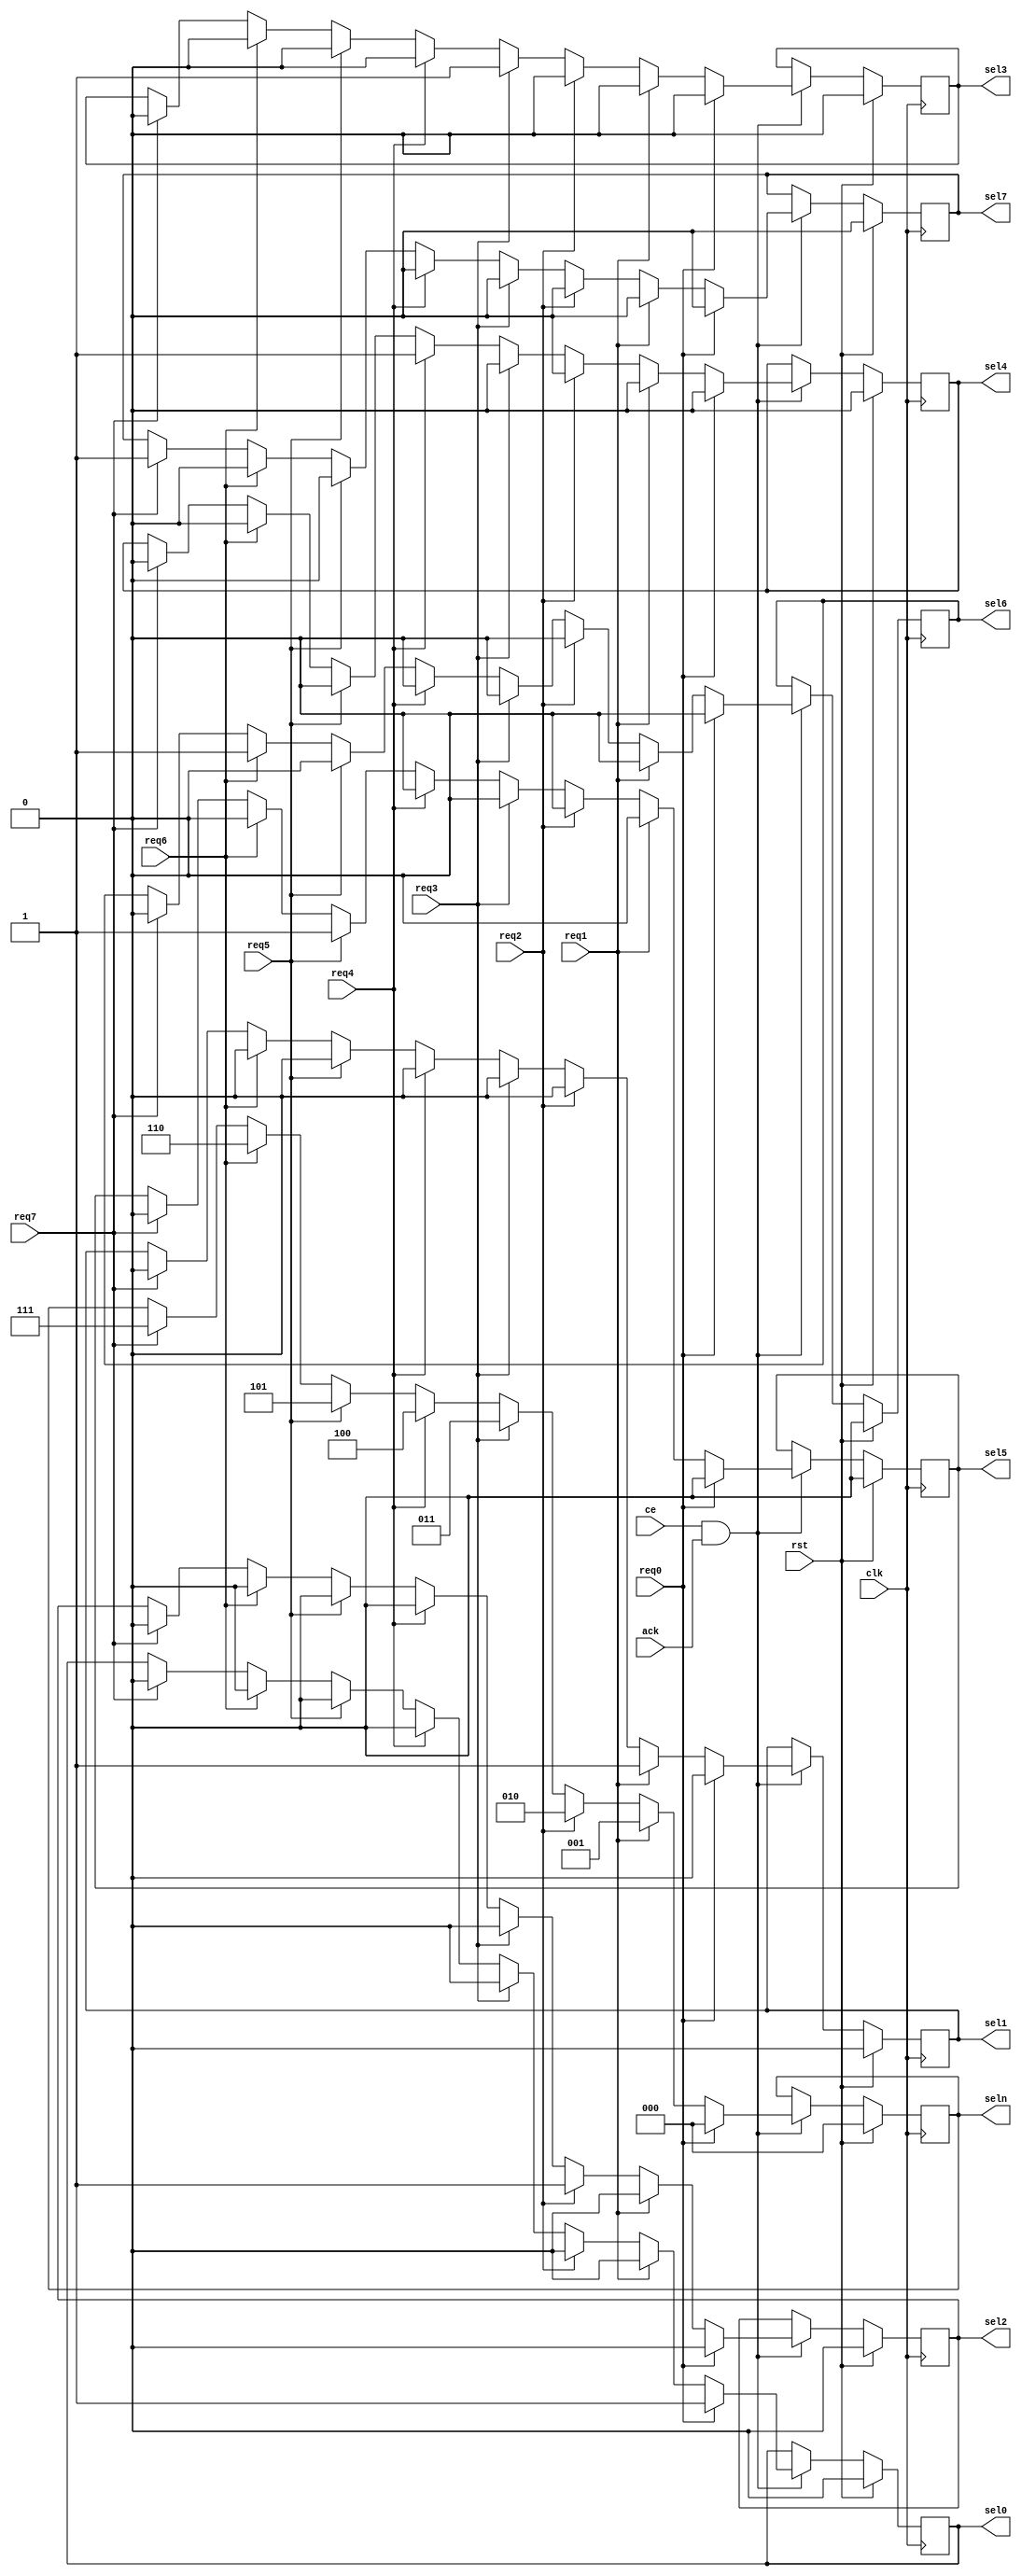
`timescale 1ns / 1ps
//=============================================================================
//	(C) 2007,2012  Robert Finch
//  robfinch<remove>@opencores.org
//	All rights reserved.
//
//	PSGBusArb.v
//
// This source file is free software: you can redistribute it and/or modify 
// it under the terms of the GNU Lesser General Public License as published 
// by the Free Software Foundation, either version 3 of the License, or     
// (at your option) any later version.                                      
//                                                                          
// This source file is distributed in the hope that it will be useful,      
// but WITHOUT ANY WARRANTY; without even the implied warranty of           
// MERCHANTABILITY or FITNESS FOR A PARTICULAR PURPOSE.  See the            
// GNU General Public License for more details.                             
//                                                                          
// You should have received a copy of the GNU General Public License        
// along with this program.  If not, see <http://www.gnu.org/licenses/>.    
//
//		Arbitrates access to the system bus among up to eight
//	wave table channels for the PSG. This arbitrator is part
//	of a tree that ends up looking like a single arbitration
//	request to the system.
//
//	Spartan3
//	19 LUTs / 11 slices
//=============================================================================

module PSGBusArb(rst, clk, ce, ack,
	req0, req1, req2, req3, req4, req5, req6, req7,
	sel0, sel1, sel2, sel3, sel4, sel5, sel6, sel7, seln);
input rst;		// reset
input clk;		// clock (eg 100MHz)
input ce;		// clock enable (eg 25MHz)
input ack;		// bus transfer completed
input req0;		// requester 0 wants the bus
input req1;		// requester 1 wants the bus
input req2;		// ...
input req3;
input req4;
input req5;
input req6;
input req7;
output sel0;	// requester 0 granted the bus
reg sel0;
output sel1;
reg sel1;
output sel2;
reg sel2;
output sel3;
reg sel3;
output sel4;
reg sel4;
output sel5;
reg sel5;
output sel6;
reg sel6;
output sel7;
reg sel7;
output [2:0] seln;	// who has the bus
reg [2:0] seln;

always @(posedge clk) begin
	if (rst) begin
		sel0 <= 1'b0;
		sel1 <= 1'b0;
		sel2 <= 1'b0;
		sel3 <= 1'b0;
		sel4 <= 1'b0;
		sel5 <= 1'b0;
		sel6 <= 1'b0;
		sel7 <= 1'b0;
		seln <= 3'd0;
	end
	else begin
		if (ce&ack) begin
			if (req0) begin
				sel0 <= 1'b1;
				sel1 <= 1'b0;
				sel2 <= 1'b0;
				sel3 <= 1'b0;
				sel4 <= 1'b0;
				sel5 <= 1'b0;
				sel6 <= 1'b0;
				sel7 <= 1'b0;
				seln <= 3'd0;
			end
			else if (req1) begin
				sel1 <= 1'b1;
				sel0 <= 1'b0;
				sel2 <= 1'b0;
				sel3 <= 1'b0;
				sel4 <= 1'b0;
				sel5 <= 1'b0;
				sel6 <= 1'b0;
				sel7 <= 1'b0;
				seln <= 3'd1;
			end
			else if (req2) begin
				sel2 <= 1'b1;
				sel0 <= 1'b0;
				sel1 <= 1'b0;
				sel3 <= 1'b0;
				sel4 <= 1'b0;
				sel5 <= 1'b0;
				sel6 <= 1'b0;
				sel7 <= 1'b0;
				seln <= 3'd2;
			end
			else if (req3) begin
				sel3 <= 1'b1;
				sel0 <= 1'b0;
				sel1 <= 1'b0;
				sel2 <= 1'b0;
				sel4 <= 1'b0;
				sel5 <= 1'b0;
				sel6 <= 1'b0;
				sel7 <= 1'b0;
				seln <= 3'd3;
			end
			else if (req4) begin
				sel4 <= 1'b1;
				sel0 <= 1'b0;
				sel1 <= 1'b0;
				sel2 <= 1'b0;
				sel3 <= 1'b0;
				sel5 <= 1'b0;
				sel6 <= 1'b0;
				sel7 <= 1'b0;
				seln <= 3'd4;
			end
			else if (req5) begin
				sel5 <= 1'b1;
				sel0 <= 1'b0;
				sel1 <= 1'b0;
				sel2 <= 1'b0;
				sel3 <= 1'b0;
				sel4 <= 1'b0;
				sel6 <= 1'b0;
				sel7 <= 1'b0;
				seln <= 3'd5;
			end
			else if (req6) begin
				sel6 <= 1'b1;
				sel0 <= 1'b0;
				sel1 <= 1'b0;
				sel2 <= 1'b0;
				sel3 <= 1'b0;
				sel4 <= 1'b0;
				sel5 <= 1'b0;
				sel7 <= 1'b0;
				seln <= 3'd6;
			end
			else if (req7) begin
				sel7 <= 1'b1;
				sel0 <= 1'b0;
				sel1 <= 1'b0;
				sel2 <= 1'b0;
				sel3 <= 1'b0;
				sel4 <= 1'b0;
				sel5 <= 1'b0;
				sel6 <= 1'b0;
				seln <= 3'd7;
			end
			// otherwise, hold onto last owner
			else begin
				sel0 <= sel0;
				sel1 <= sel1;
				sel2 <= sel2;
				sel3 <= sel3;
				sel4 <= sel4;
				sel5 <= sel5;
				sel6 <= sel6;
				sel7 <= sel7;
				seln <= seln;
			end
		end
	end
end

endmodule